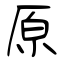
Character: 原